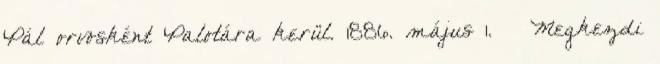
Pál orvosként Palotára kerül. 1886. május 1. – Megkezdi